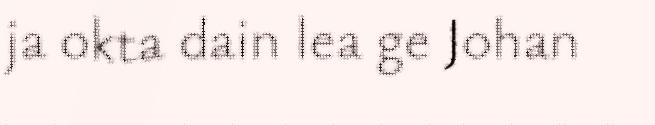
ja okta dain lea ge Johan